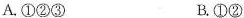
A.①②③ B.①②